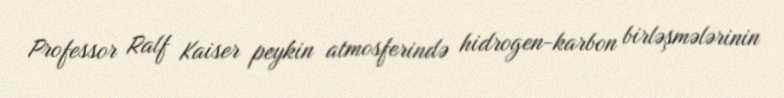
Professor Ralf Kaiser peykin atmosferində hidrogen-karbon birləşmələrinin